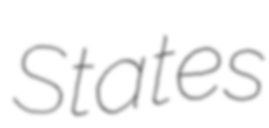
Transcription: States